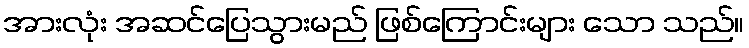
အားလုံး အဆင်ပြေသွားမည် ဖြစ်ကြောင်းများ သော သည်။